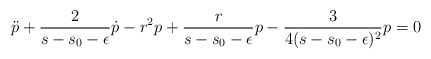
\begin{align*}\ddot{p}+\frac{2}{s-s_0-\epsilon}\dot{p}-r^2p +\frac{r}{s-s_0-\epsilon}p-\frac{3}{4(s-s_0-\epsilon)^2}p=0\end{align*}